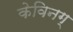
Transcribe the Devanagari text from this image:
केविनग्